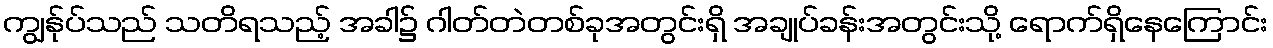
ကျွန်ုပ်သည် သတိရသည့် အခါ၌ ဂါတ်တဲတစ်ခုအတွင်းရှိ အချုပ်ခန်းအတွင်းသို့ ရောက်ရှိနေကြောင်း